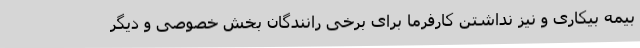
بیمه بیکاری و نیز نداشتن کارفرما برای برخی رانندگان بخش خصوصی و دیگر